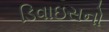
ડિવાઇસનો